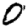
Digit: 0